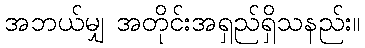
အဘယ်မျှ အတိုင်းအရှည်ရှိသနည်း။